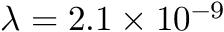
\lambda = 2 . 1 \times 1 0 ^ { - 9 }